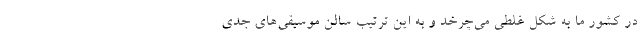
در کشور ما به شکل غلطی می‌چرخد و به این ترتیب سالن موسیقی‌های جدی